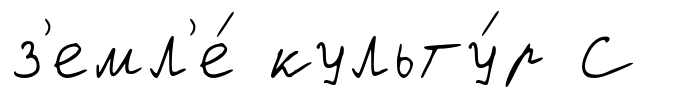
з'емл'е́ культу́р С